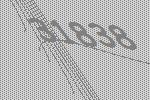
31838